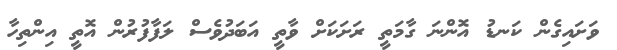
ވަށައިގެން ކަނޑު އޮންނަ ގާމަތީ ރަށަކަށް ވާތީ އަބަދުވެސް ލަފާފުރުން އޮތީ އިންތިހާ